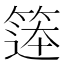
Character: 𮅨